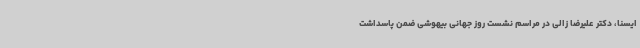
ایسنا، دکتر علیرضا زالی در مراسم نشست روز جهانی بیهوشی ضمن پاسداشت